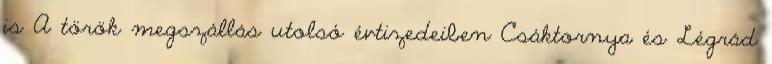
is A török megszállás utolsó évtizedeiben Csáktornya és Légrád